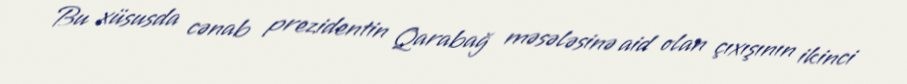
Bu xüsusda cənab prezidentin Qarabağ məsələsinə aid olan çıxışının ikinci